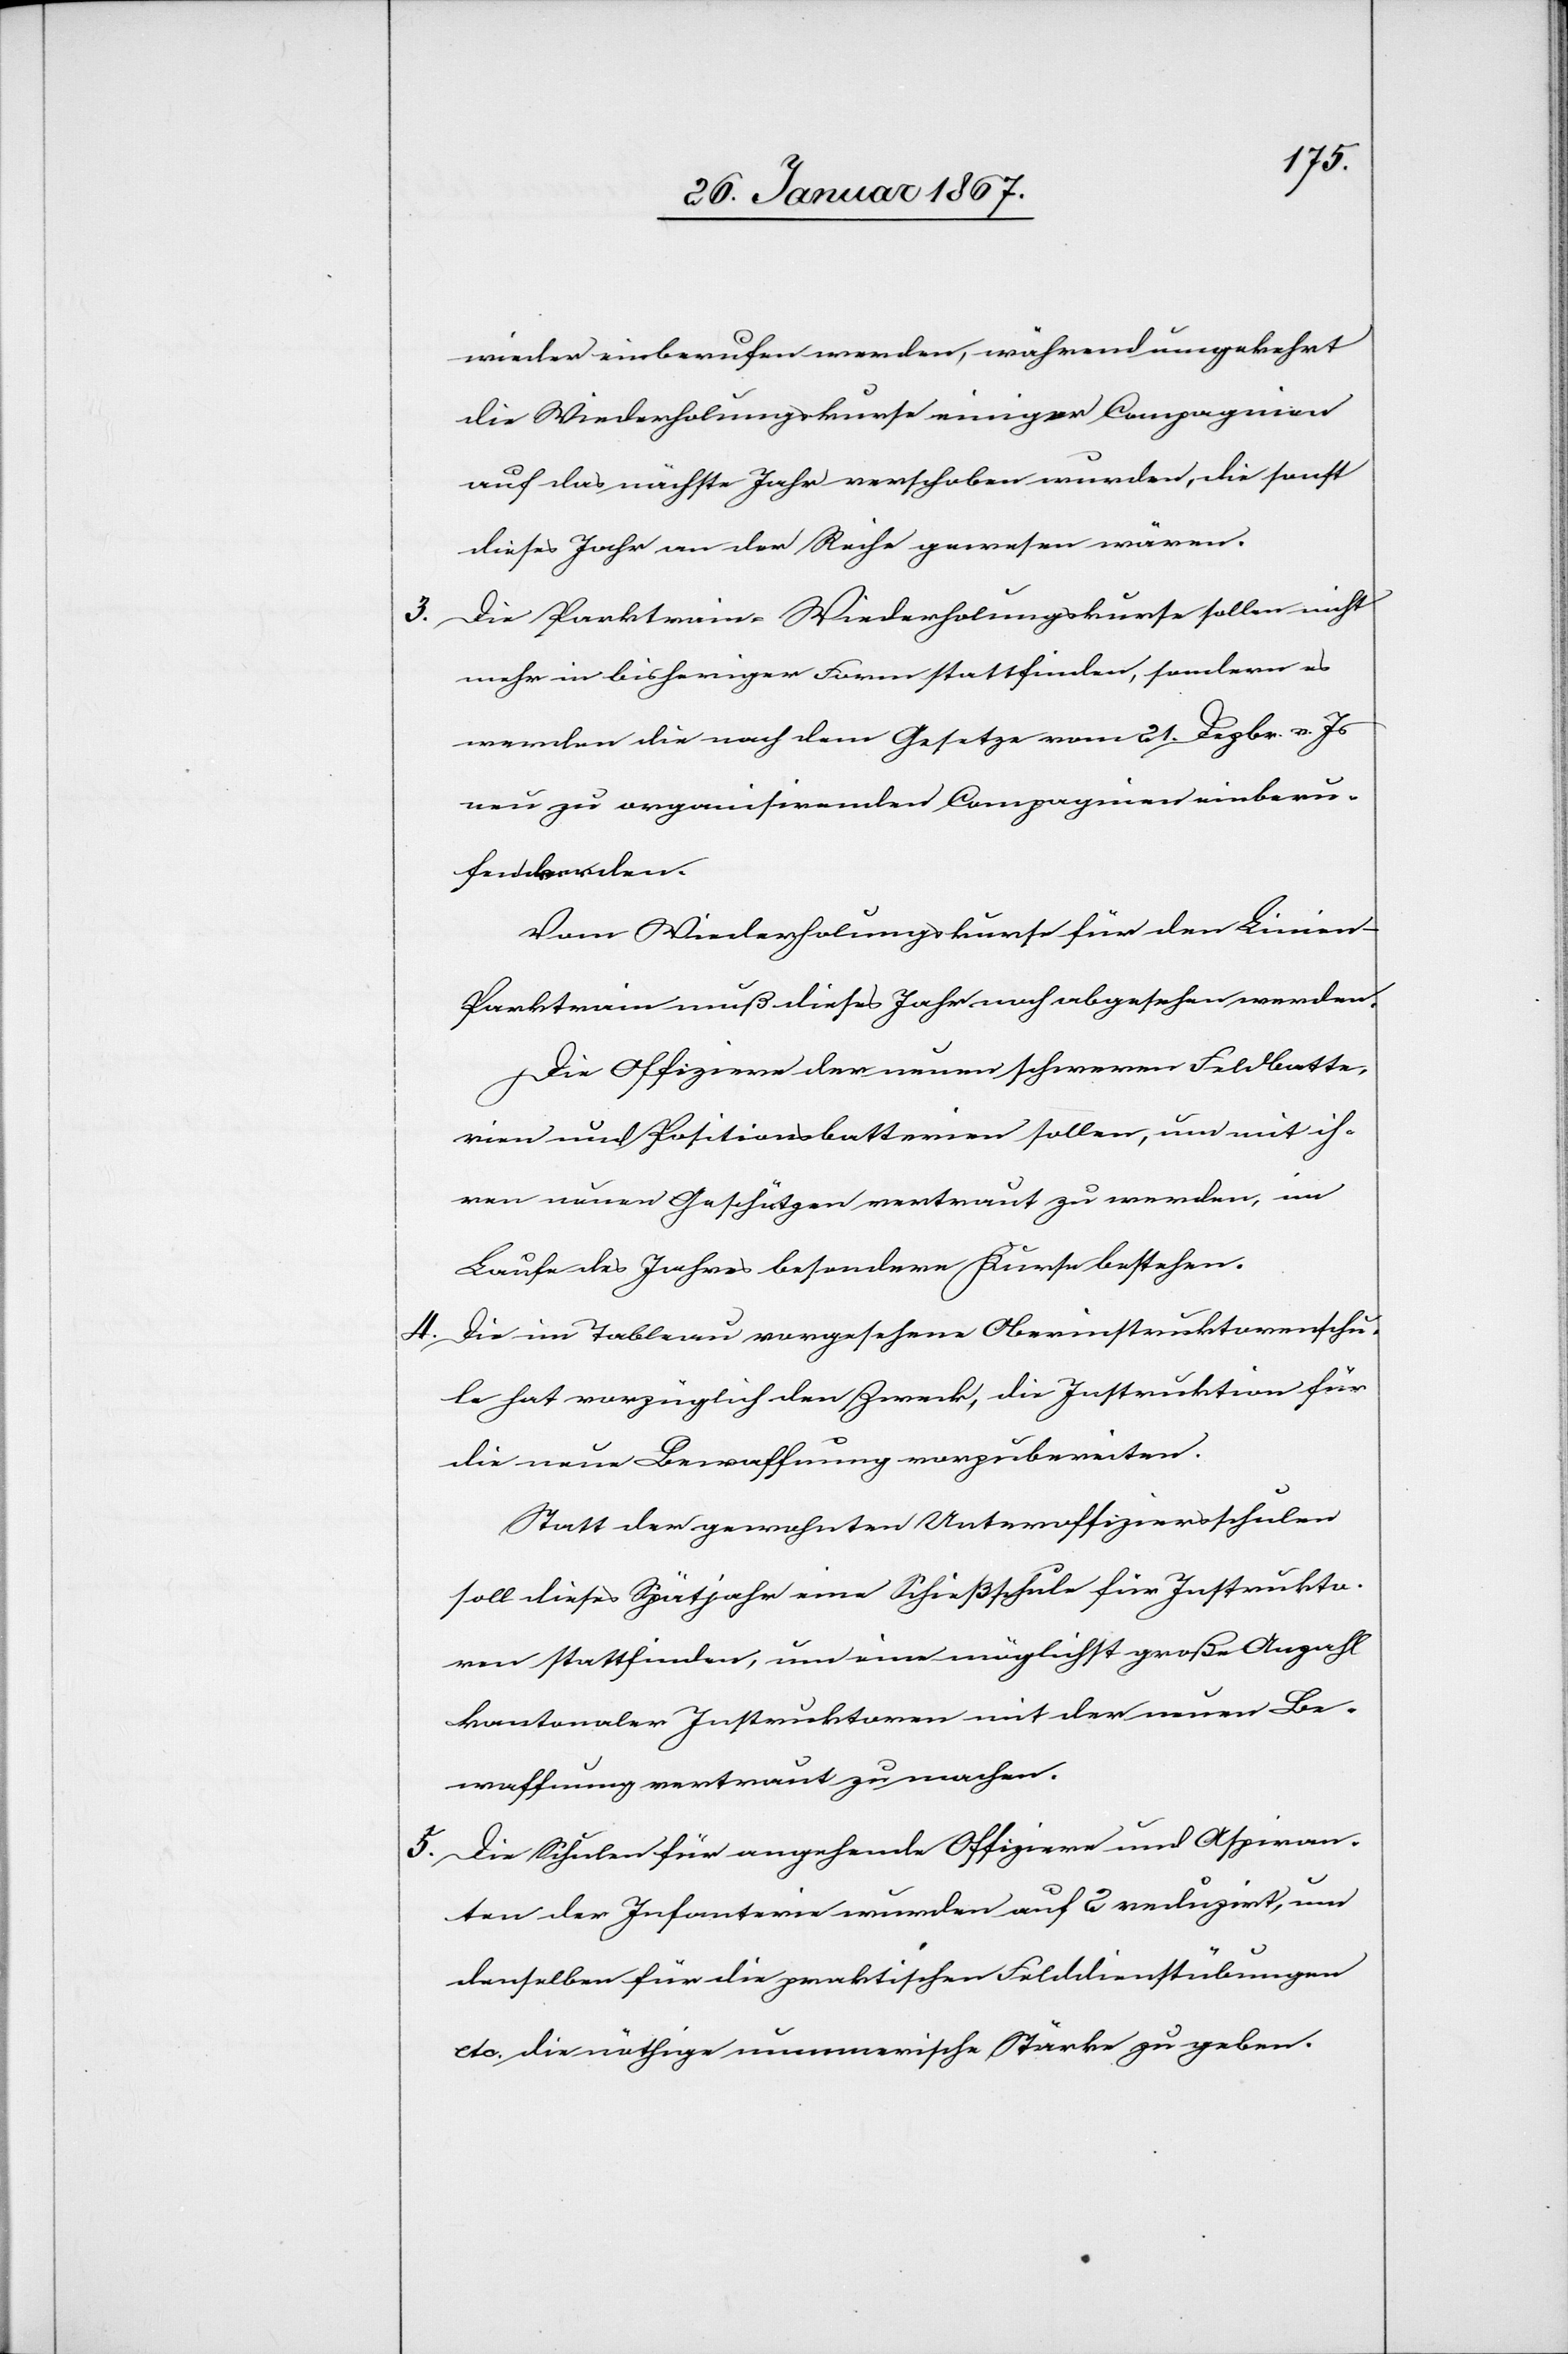
3.

4.

wieder einberufen werden, während umgekehrt
die Wiederholungskurse einiger Compagnien
auf das nächste Jahr verschoben wurden, die sonst
dieses Jahr an der Reihe gewesen wären.
Die Parktrain-Wiederholungskurse sollen nicht
mehr in bisheriger Form stattfinden, sondern es
werden die nach dem Gesetze vom 21. Dezbr. v. Js
neu zu organisierenden Compagnien einberu¬
fen werden.
Vom Wiederholungskurse für den Linie¬
n-Parktrain muß dieses Jahr noch abgesehen werden.
Die Offiziere der neuen schweren Feldbatte¬
rien und Positionsbatterien sollen, um mit ih¬
ren neuen Geschützen vertraut zu werden, im
Laufe des Jahres besondere Kurse bestehen.
Die im Tableau vorgesehene Oberinstruktorenschu¬
le hat vorzüglich den Zweck, die Instruktion für
die neue Bewaffnung vorzubereiten.
Statt der gewohnten Unteroffiziersschulen
soll dieses Spätjahr eine Schießschule für Instrukto¬
ren stattfinden, um eine möglichst große Anzahl
kantonaler Instruktoren mit der neuen Be¬
waffnung vertraut zu machen.
5. Die Schulen für angehende Offiziere und Aspiran¬
ten der Infanterie wurden auf 2 reduzirt, um
denselben für die praktischen Felddienstübungen
etc. die nöthige nummerische Stärke zu geben.